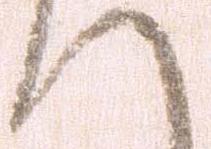
へ